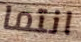
انتما